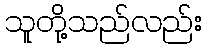
သူတို့သည်လည်း